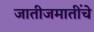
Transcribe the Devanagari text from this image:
जातीजमातींचे